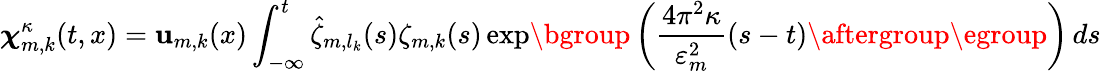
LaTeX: {\boldsymbol{\chi}}_{m,k}^{\kappa}(t,x)=\mathbf{u}_{m,k}(x)\int_{-\infty}^{t}\hat{\zeta}_{m,l_{k}}(s)\zeta_{m,k}(s)\exp\mathopen{}\mathclose\bgroup\left(\frac{4\pi^{2}\kappa}{\varepsilon_{m}^{2}}(s-t)\aftergroup\egroup\right)\, ds